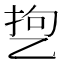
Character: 㐝